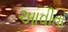
આવીતો